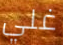
غلي